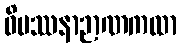
ဝိပဿနာဉာဏကထာ